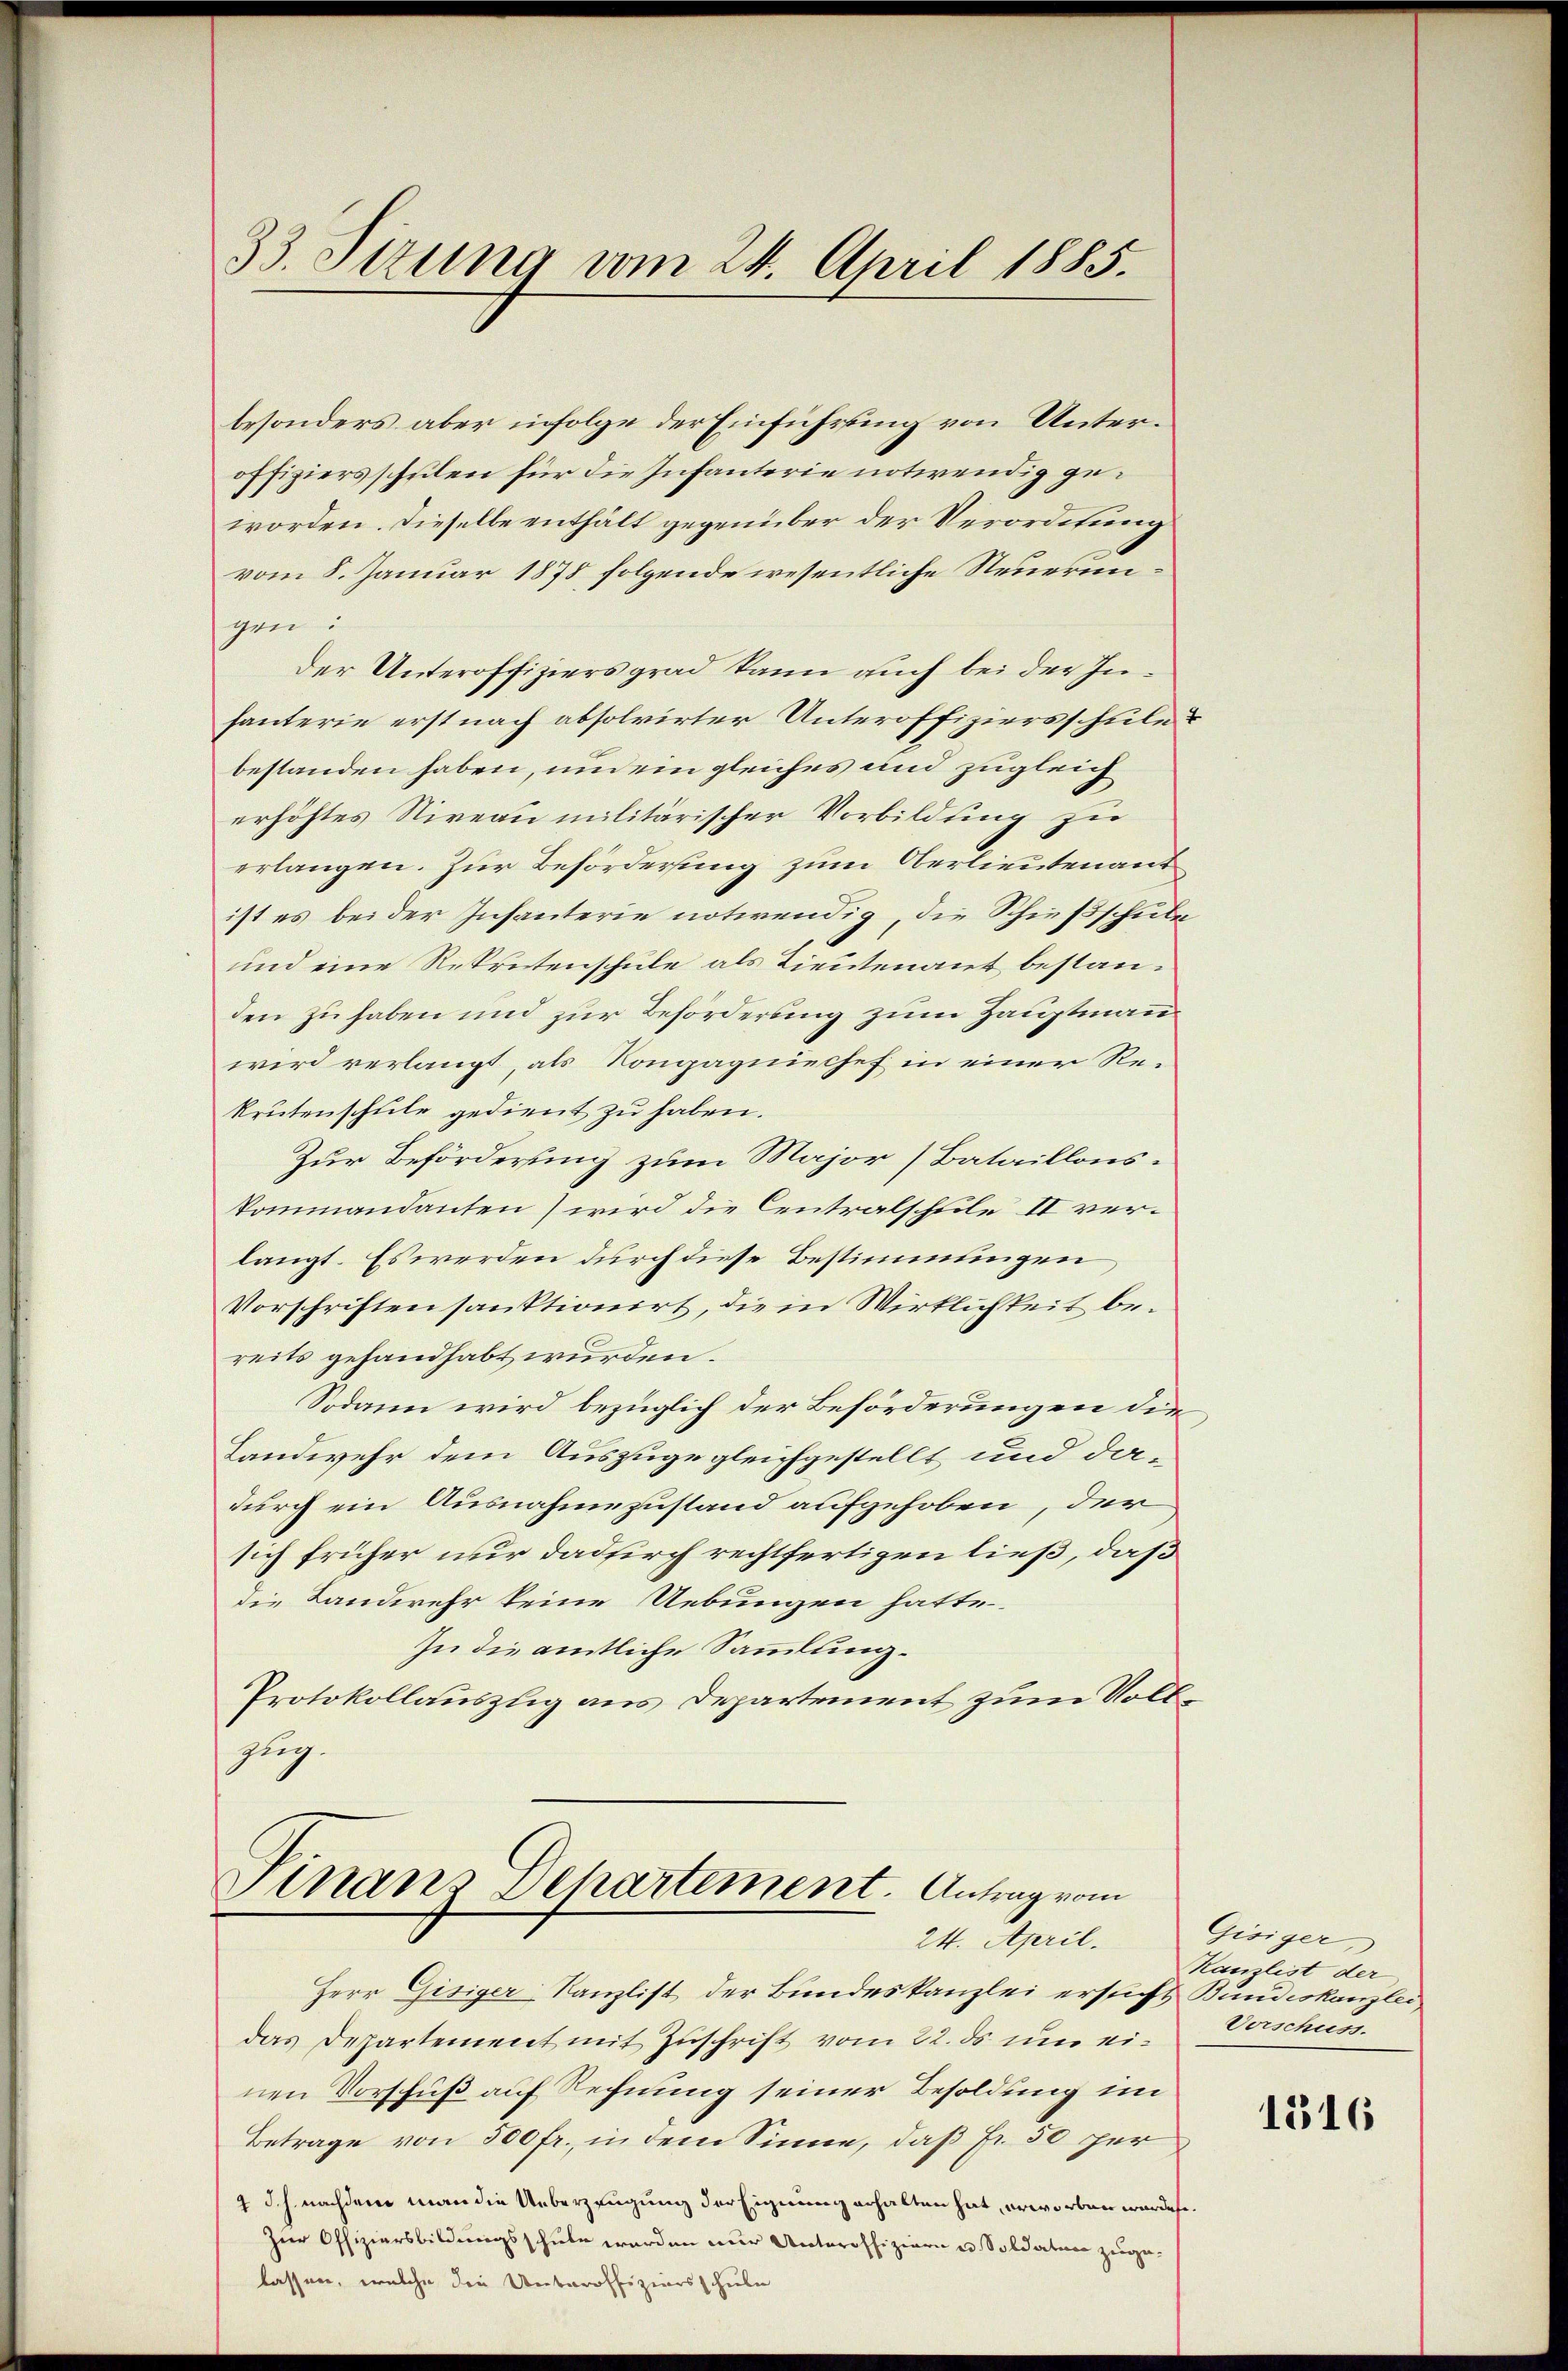
besonders aber infolge der Einführung von Unteroffiziersschulen für die Infanterie notwendig geworden. Dieselbe enthält gegenüber der Verordnung
vom 8. Januar 1878 folgende wesentliche Steuerungen:
Der Unteroffiziers grad kann auch bei der Inhauterie erst nach absolvirter Unteroffiziersschule
bestanden haben, und ein gleiches und zugleich
erhöhtes Niveau militärischer Vorbildung zu
erlangen. Zur Beförderung zum Oberlieutenant
ist es bei der Infanterie notwendig, die Schießschule
und eine Rekretenschule als Lieutenant bestanden zu haben und zur Beförderung zum Hauptmann
wird verlangt, als Kompagniechef in einer Rekrutenschule gedient zu haben.
Zur Beförderung zum Major (Bataillonskommandanten wird die Centralschule II verlangt. Es werden durch diese Bestimmungen
Vorschriften sanktionirt, die in Wirklichkeit bereits gehandhabt wurden.
Sodann wird bezüglich der Beförderungen die
Landwehr dem Auszugegleichgestellt und dadurch ein Ausnahmezustand aufgehoben, der
sig früher nur dadurch rechtfertigen ließ, daß
die Landwehr keine Uebungen hatte.
In die amtliche Sammlung.
Protokollauszlig aus Departement zum Voll¬
Zug.

33. Setzung vom 24. April 1885.

Vinanz Dehartement. Antrag vom
24. April.

Herr Gisiger-Kanzlist der Bundeskanzlei ersucht Bundeskanzlei,
das Departement mit Zuschrift vom 22. ds um einen Vorschuß auf Rechnung seiner Besoldung im
Betrage von 500 fr., in dem Sinne, daß Fr. 50 per
4 d. h. nachdem man die Ueberzeugung der Eignung erhalten hat, erworben werden.
Zur Offiziersbildungsschule werden nur Unteroffiziern u. Soldaten zuge-
lassen, welche die Unteroffiziersschule

f

Gisiger,
Kanzlist der
Vorschuss.

1316